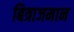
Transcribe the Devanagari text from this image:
बित्राजमान